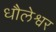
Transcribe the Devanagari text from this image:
धौलेश्वर